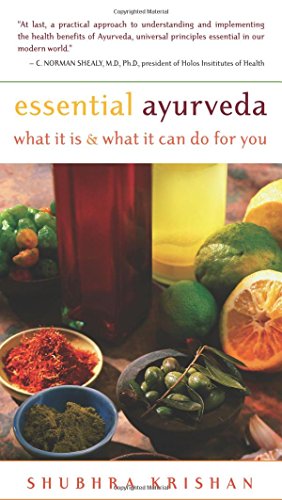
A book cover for Essential Ayurveda: What It Is and What It Can Do for You; Shubhra Krishan; Health, Fitness & Dieting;